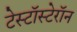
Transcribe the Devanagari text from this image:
टेस्टॉस्टेरॉन